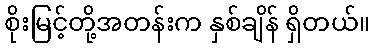
စိုးမြင့်တို့အတန်းက နှစ်ချိန် ရှိတယ်။